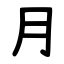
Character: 月